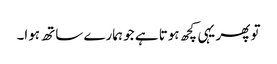
تو پھر یہی کچھ ہوتا ہے جو ہمارے ساتھ ہوا۔